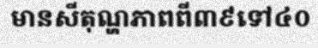
មានសីតុណ្ហភាពពី៣៩ទៅ៤០